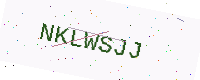
Text: NKLWSJJ